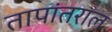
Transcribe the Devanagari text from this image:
तापांतराल